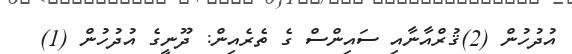
އުދުހުން (2)ޤުރްއާނާއި ސައިންސް ގެ ތެރެއިން: ދޫނީގެ އުދުހުން (1)